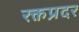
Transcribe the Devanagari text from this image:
रक्तप्रदर